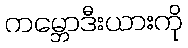
ကမ္ဘောဒီးယားကို